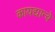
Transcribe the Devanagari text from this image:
कायद्यान्वे